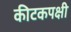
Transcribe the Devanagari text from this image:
कीटकपक्षी